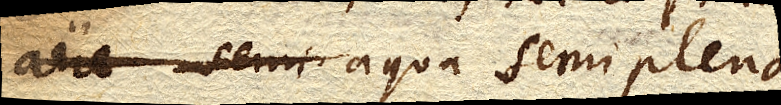
aere semi aqua semiplena,